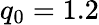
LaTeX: q_{0}=1.2